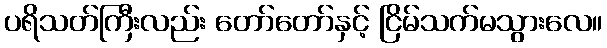
ပရိသတ်ကြီးလည်း တော်တော်နှင့် ငြိမ်သက်မသွားလေ။